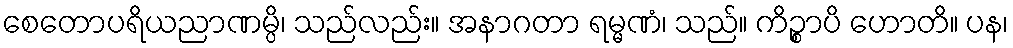
စေတောပရိယညာဏမ္ပိ၊ သည်လည်း။ အနာဂတာ ရမ္မဏံ၊ သည်။ ကိဉ္စာပိ ဟောတိ။ ပန၊